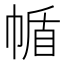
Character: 㡒